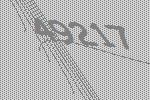
49217